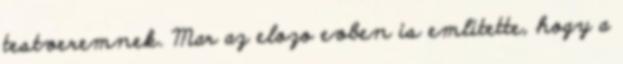
testveremnek. Mar az elozo evben is emlitette, hogy a